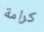
كرامة